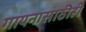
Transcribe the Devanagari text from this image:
गायनासाठीही